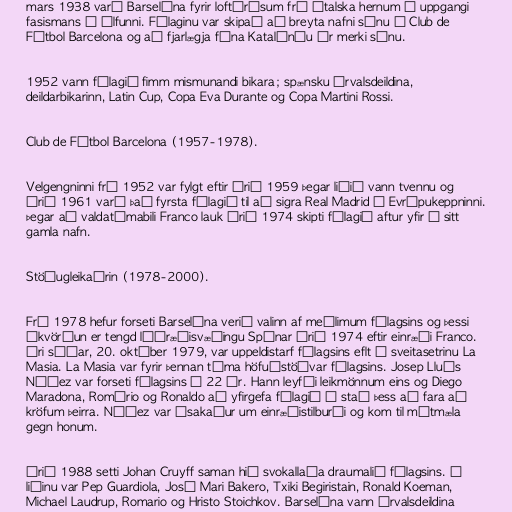
mars 1938 varð Barselóna fyrir loftárásum frá ítalska hernum í uppgangi
fasismans í álfunni. Félaginu var skipað að breyta nafni sínu í Club de
Fútbol Barcelona og að fjarlægja fána Katalóníu úr merki sínu.

1952 vann félagið fimm mismunandi bikara; spænsku úrvalsdeildina,
deildarbikarinn, Latin Cup, Copa Eva Durante og Copa Martini Rossi.

Club de Fútbol Barcelona (1957-1978).

Velgengninni frá 1952 var fylgt eftir árið 1959 þegar liðið vann tvennu og
árið 1961 varð það fyrsta félagið til að sigra Real Madrid í Evrópukeppninni.
Þegar að valdatímabili Franco lauk árið 1974 skipti félagið aftur yfir í sitt
gamla nafn.

Stöðugleikaárin (1978-2000).

Frá 1978 hefur forseti Barselóna verið valinn af meðlimum félagsins og þessi
ákvörðun er tengd lýðræðisvæðingu Spánar árið 1974 eftir einræði Franco.
Ári síðar, 20. október 1979, var uppeldistarf félagsins eflt á sveitasetrinu La
Masia. La Masia var fyrir þennan tíma höfuðstöðvar félagsins. Josep Lluís
Núñez var forseti félagsins í 22 ár. Hann leyfði leikmönnum eins og Diego
Maradona, Romário og Ronaldo að yfirgefa félagið í stað þess að fara að
kröfum þeirra. Núñez var ásakaður um einræðistilburði og kom til mótmæla
gegn honum.

Árið 1988 setti Johan Cruyff saman hið svokallaða draumalið félagsins. Í
liðinu var Pep Guardiola, José Mari Bakero, Txiki Begiristain, Ronald Koeman,
Michael Laudrup, Romario og Hristo Stoichkov. Barselóna vann úrvalsdeildina